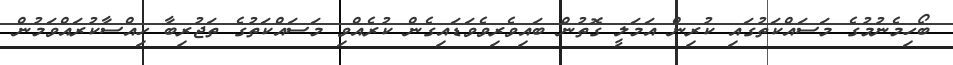
ބޯހިމެނުމުގެ މަސައްކަތުގައި ކުރިން އަމަލީ ގޮތުން ބައިވެރިވެވަޑައިގެން ކުރެއްވި މަސައްކަތުގެ ތަޖުރިބާ ހިއްސާކުރައްވަމުން